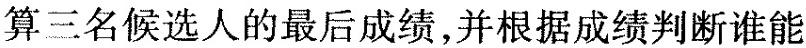
算三名候选人的最后成绩，并根据成绩判断谁能